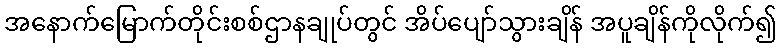
အနောက်မြောက်တိုင်းစစ်ဌာနချုပ်တွင် အိပ်ပျော်သွားချိန် အပူချိန်ကိုလိုက်၍